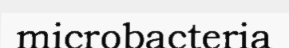
microbacteria